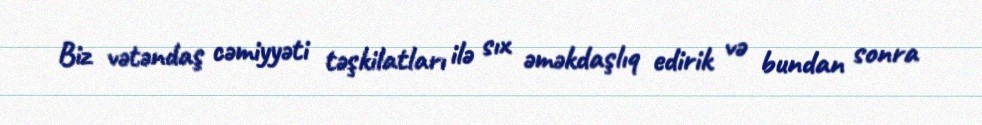
Biz vətəndaş cəmiyyəti təşkilatları ilə sıx əməkdaşlıq edirik və bundan sonra